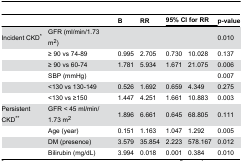
<table><thead><tr><td></td><td></td><td><b>B</b></td><td><b>RR</b></td><td colspan="2"><b>95% CI for RR</b></td><td><b>p-value</b></td></tr></thead><tbody><tr><td>Incident CKD*</td><td>GFR (ml/min/1.73 m<sup>2</sup>)</td><td></td><td></td><td></td><td></td><td>0.010</td></tr><tr><td></td><td>≥ 90 vs 74-89</td><td>0.995</td><td>2.705</td><td>0.730</td><td>10.028</td><td>0.137</td></tr><tr><td></td><td>≥ 90 vs 60-74</td><td>1.781</td><td>5.934</td><td>1.671</td><td>21.075</td><td>0.006</td></tr><tr><td></td><td>SBP (mmHg)</td><td></td><td></td><td></td><td></td><td>0.007</td></tr><tr><td></td><td>&lt;130 vs 130-149</td><td>0.526</td><td>1.692</td><td>0.659</td><td>4.349</td><td>0.275</td></tr><tr><td></td><td>&lt;130 vs ≥150</td><td>1.447</td><td>4.251</td><td>1.661</td><td>10.883</td><td>0.003</td></tr><tr><td>Persistent CKD**</td><td>GFR &lt; 45 ml/min/1.73 m<sup>2</sup></td><td>1.896</td><td>6.661</td><td>0.645</td><td>68.805</td><td>0.111</td></tr><tr><td></td><td>Age (year)</td><td>0.151</td><td>1.163</td><td>1.047</td><td>1.292</td><td>0.005</td></tr><tr><td></td><td>DM (presence)</td><td>3.579</td><td>35.854</td><td>2.223</td><td>578.167</td><td>0.012</td></tr><tr><td></td><td>Bilirubin (mg/dL)</td><td>3.994</td><td>0.018</td><td>0.001</td><td>0.384</td><td>0.010</td></tr></tbody></table>